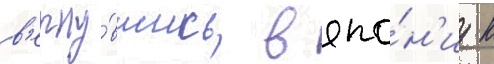
в'ерну́вшись в япо́н'иу к